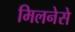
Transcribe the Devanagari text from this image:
मिलनेसे